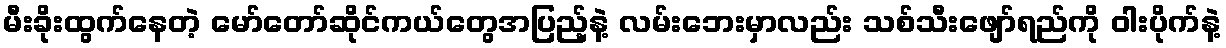
မီးခိုးထွက်နေတဲ့ မော်တော်ဆိုင်ကယ်တွေအပြည့်နဲ့ လမ်းဘေးမှာလည်း သစ်သီးဖျော်ရည်ကို ဝါးပိုက်နဲ့